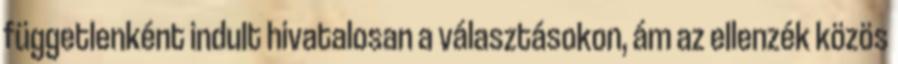
függetlenként indult hivatalosan a választásokon, ám az ellenzék közös